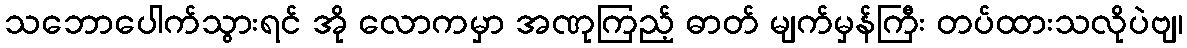
သဘောပေါက်သွားရင် အို လောကမှာ အဏုကြည့် ဓာတ် မျက်မှန်ကြီး တပ်ထားသလိုပဲဗျ၊